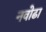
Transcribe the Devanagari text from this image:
नवोढा